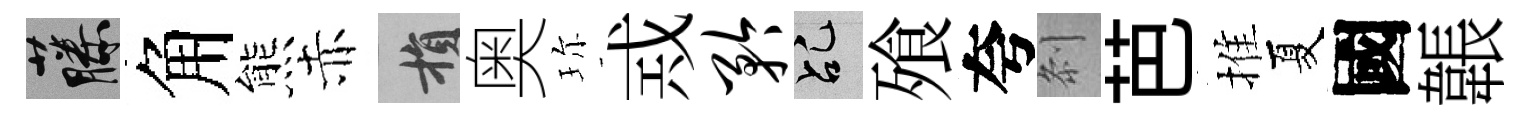
藤角熊赤損奥珎𢦶矜乩飱夸𠛴芭推夏國韔